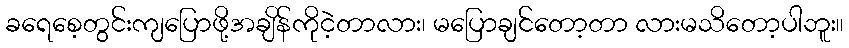
ခရေစေ့တွင်းကျပြောဖို့အချိန်ကိုငဲ့တာလား၊ မပြောချင်တော့တာ လားမသိတော့ပါဘူး။